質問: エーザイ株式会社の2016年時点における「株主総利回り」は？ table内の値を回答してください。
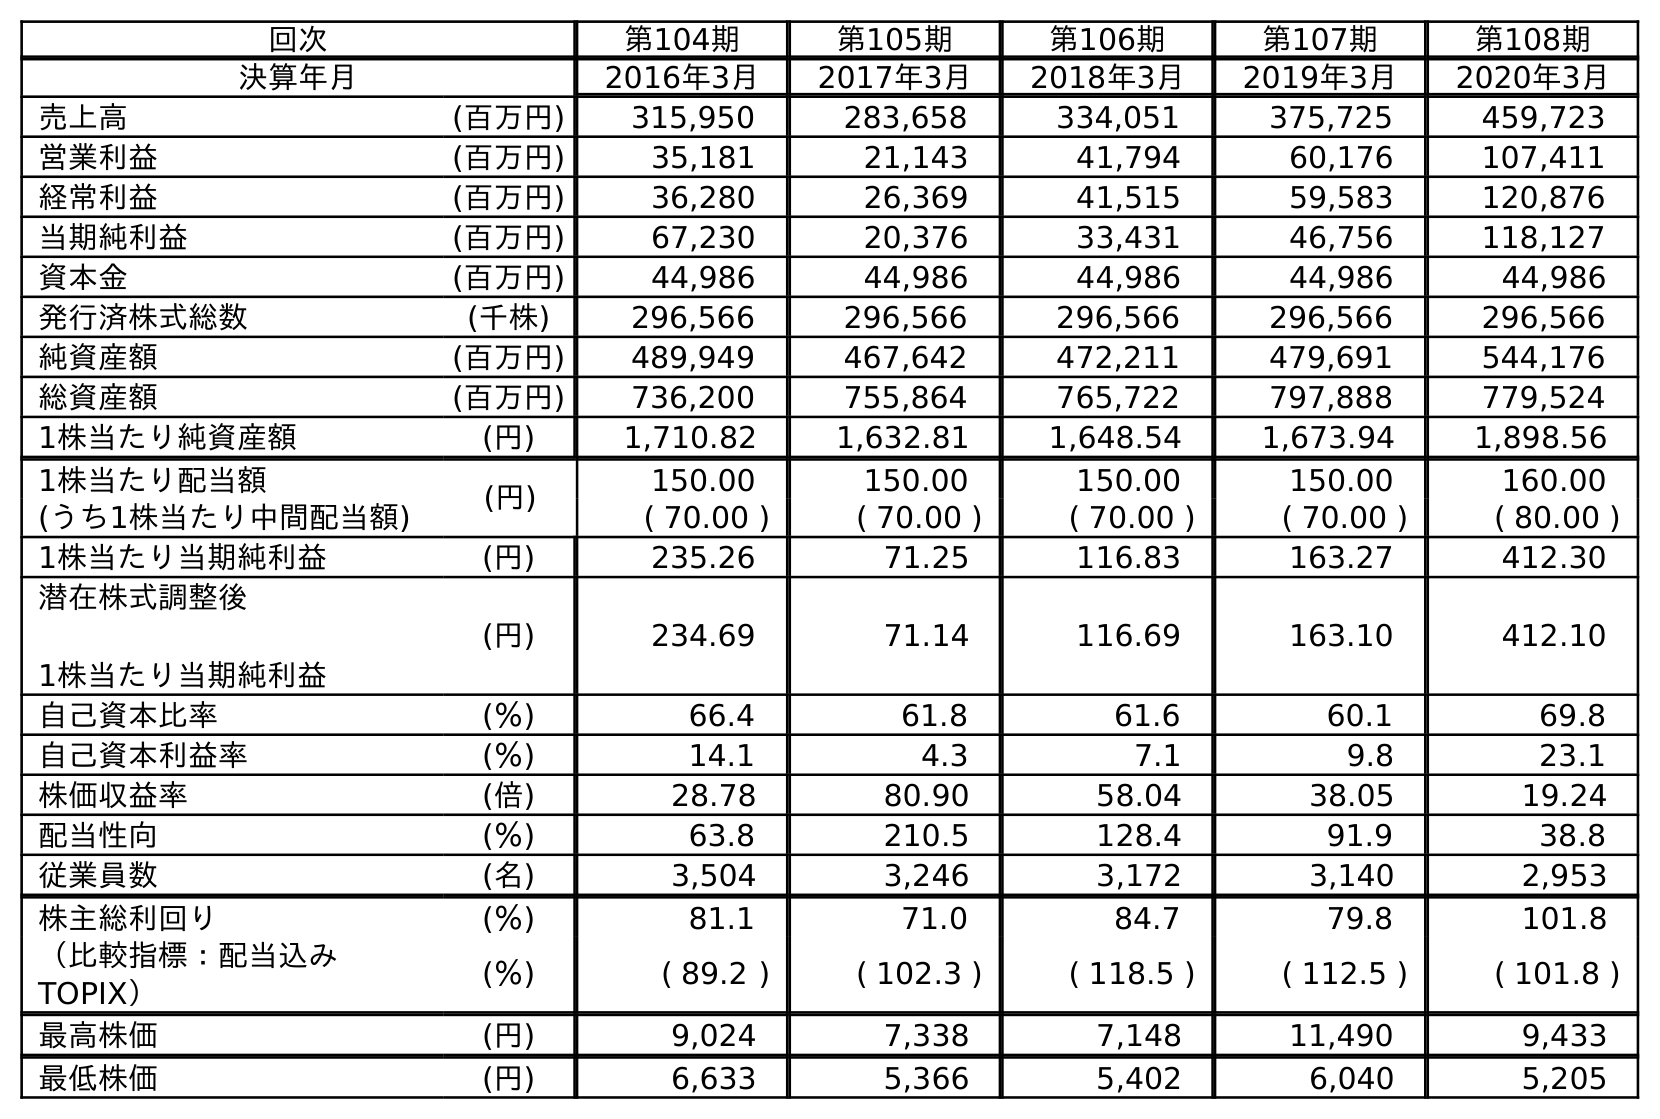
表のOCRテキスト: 回次 第104期 第105期 第106期 第107期 第108期 決算年月 2016年3月 2017年3月 2018年3月 2019年3月 2020年3月 売上高 (百万円) 315,950 283,658 334,051 375,725 459,723 営業利益 (百万円) 35,181 21,143 41,794 60,176 107,411 経常利益 (百万円) 36,280 26,369 41,515 59,583 120,876 当期純利益 (百万円) 67,230 20,376 33,431 46,756 118,127 資本金 (百万円) 44,986 44,986 44,986 44,986 44,986 発行済株式総数 (千株) 296,566 296,566 296,566 296,566 296,566 純資産額 (百万円) 489,949 467,642 472,211 479,691 544,176 総資産額 (百万円) 736,200 755,864 765,722 797,888 779,524 1株当たり純資産額 (円) 1,710.82 1,632.81 1,648.54 1,673.94 1,898.56 1株当たり配当額 (円) 150.00 150.00 150.00 150.00 160.00 (うち1株当たり中間配当額) ( 70.00 ) ( 70.00 ) ( 70.00 ) ( 70.00 ) ( 80.00 ) 1株当たり当期純利益 (円) 235.26 71.25 116.83 163.27 412.30 潜在株式調整後 1株当たり当期純利益 (円) 234.69 71.14 116.69 163.10 412.10 自己資本比率 (％) 66.4 61.8 61.6 60.1 69.8 自己資本利益率 (％) 14.1 4.3 7.1 9.8 23.1 株価収益率 (倍) 28.78 80.90 58.04 38.05 19.24 配当性向 (％) 63.8 210.5 128.4 91.9 38.8 従業員数 (名) 3,504 3,246 3,172 3,140 2,953 株主総利回り (％) 81.1 71.0 84.7 79.8 101.8 （比較指標：配当込み TOPIX） (％) ( 89.2 ) ( 102.3 ) ( 118.5 ) ( 112.5 ) ( 101.8 ) 最高株価 (円) 9,024 7,338 7,148 11,490 9,433 最低株価 (円) 6,633 5,366 5,402 6,040 5,205
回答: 81.1